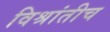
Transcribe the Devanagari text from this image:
विश्रांतीच